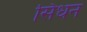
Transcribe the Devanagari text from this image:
सिधन